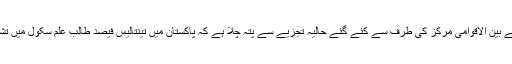
پلان انٹرنیشنل اور خواتین پر تحقیق کے بین الاقوامی مرکز کی طرف سے کئے گئے حالیہ تجزیے سے پتہ چلا ہے کہ پاکستان میں تینتالیس فیصد طالبِ علم سکول میں تشدد کی مختلف اقسام کا نشانہ بنتے ہیں۔